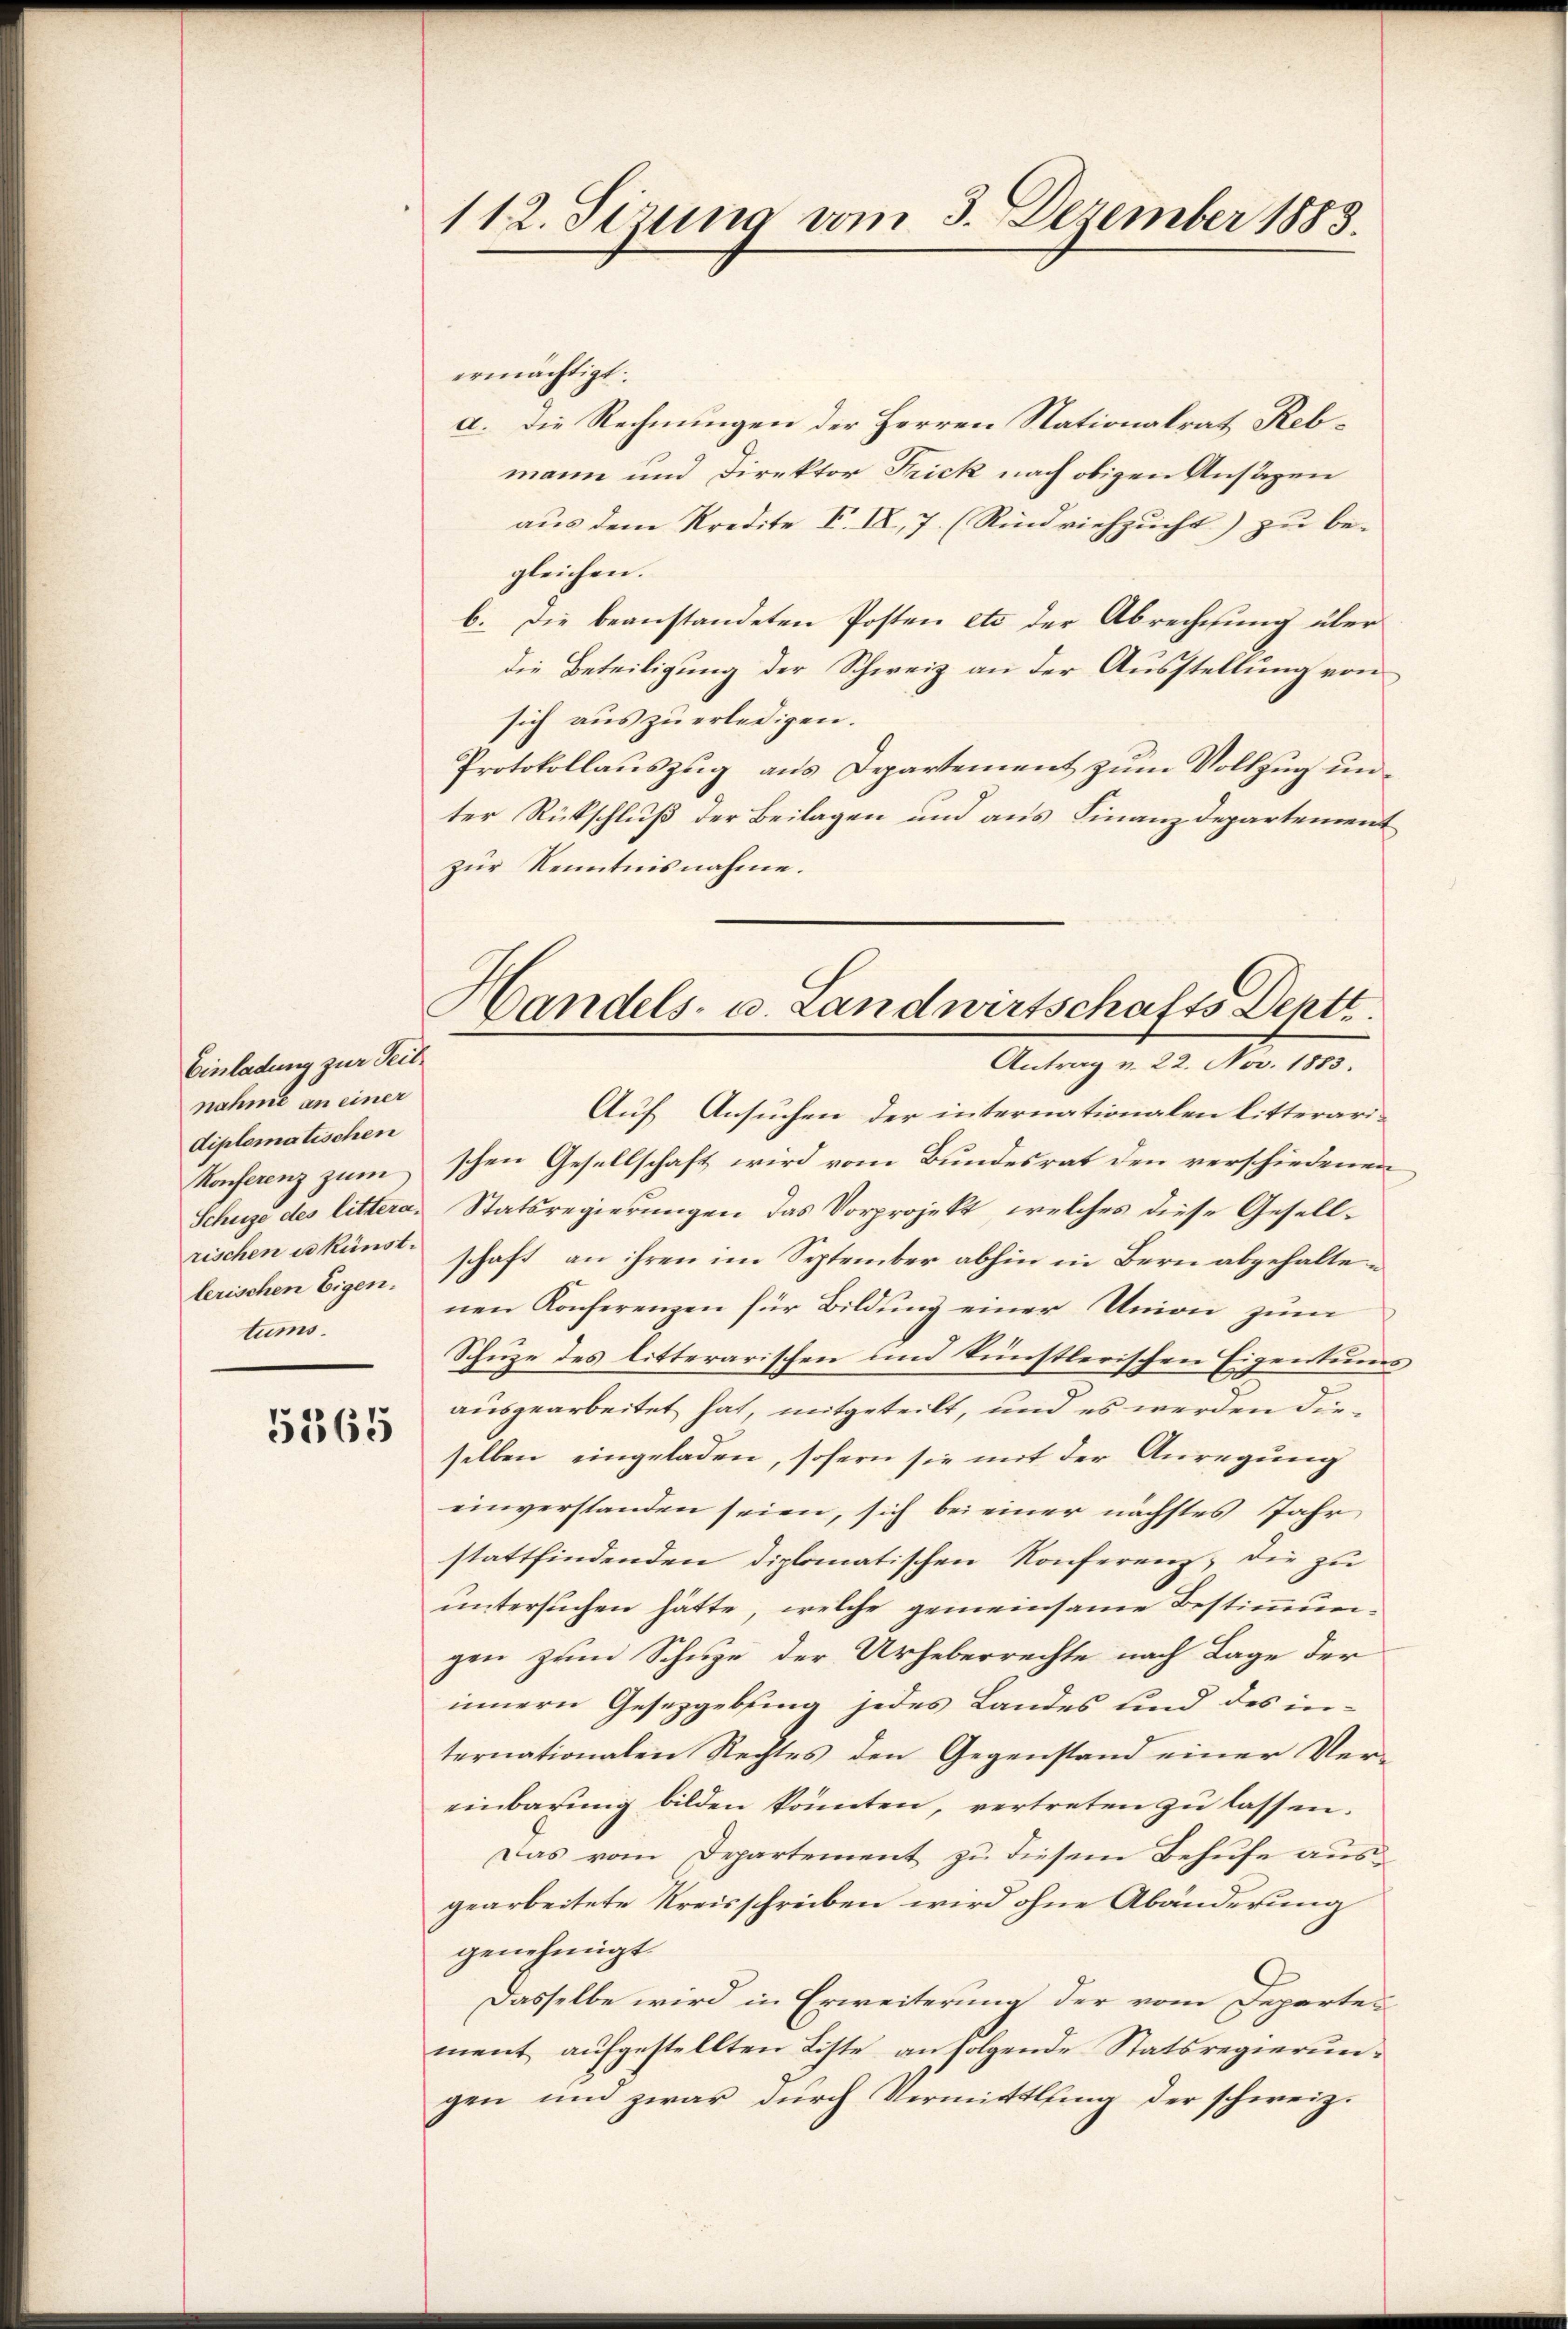
Einladung zur Seite
nahme an einer
diplomatischen
Konferenz zum
lerischen Eigen.
tums.

5365

112. Sizung vom 3. Dezember 1883.

Handels- u. Landwirtschafts Deptt.
Antrag v. 22. Nov. 1883.

ermächtigt.
a. Die Rechnungen der Herren Nationalrat Rebmann und Direktor Frick nach obigen Ansagen
aus dem Kredite F. IX, 7. (Rindviehzucht) zu be-
gleichen.
b. Die beanstandeten Posten etc. der Abrechnung über
die Beteiligung der Schweiz an der Ausstellung von
sich aŭs zŭ erledigen.
Protokollauszug aus Departement zum Vollzug unter Rückschluß der Beilagen und aus Finanzdepartement
zur Kenntnisnahme.
Auf Ansuchen der internationalen litterarischen Gesellschaft wird vom Bundesrat den verschiedenen
Schuze des littera, Statsregierungen das Vorprojekt, welches diese Gesellrischen es künst: schaft an ihren im September abhin in Bern abgehalte-
nen Konferenzen für Bildung einer Union zum
Schuze des litterarischen und künstlerischen Eigentums,
ausgearbeitet hat, mitgeteilt, und es werden dieselben eingeladen, sofern sie mit der Anregung
einverstanden seien, sich bei einer nächstes Jahr
stattfindenden diplomatischen Konferenz, die zu
untersuchen hätte, welche gemeinsame Bestimmungen zum Schuze der Urheberrechte nach Lage der
innern Gesetzgebung jedes Landes und des in-
ternationalen Rechtes den Gegenstand einer Ver-
einbarŭng bilden könnten, vertreten zŭ lassen.
Das vom Departement zu diesem Behufe ausgearbeitete Kreisschreiben wird ohne Abänderung
genehmigt.
Dasselbe wird in Erweiterung der vom Departen
ment aufgestellten Liste an folgende Statsregierungen und zwar durch Vermittlung der schweiz.